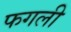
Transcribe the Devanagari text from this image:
फगली